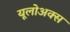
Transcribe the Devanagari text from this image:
यूलोअक्स